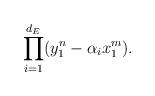
LaTeX: \begin{align*}\prod_{i=1}^{d_E}(y_1^n-\alpha_i x_1^m).\end{align*}